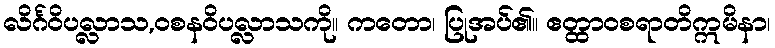
လိင်္ဂဝိပလ္လာသ,ဝစနဝိပလ္လာသကို။ ကတော၊ ပြုအပ်၏။ ဧတ္ထာဝစရာတိဣမိနာ၊